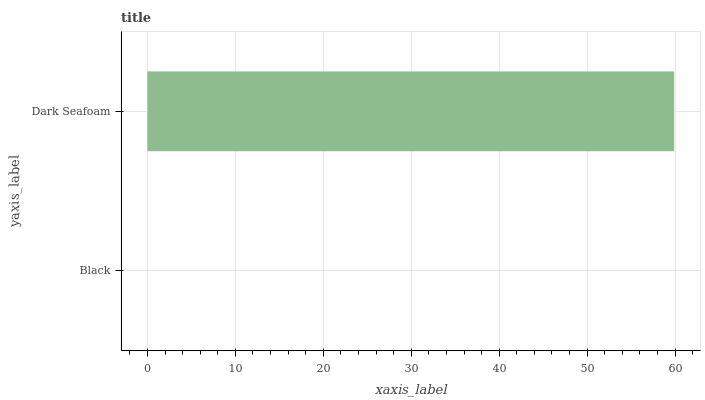
| yaxis_label | bars |
 | --- | --- |
 | Black | 0 |
 | Dark Seafoam | 59.9 |